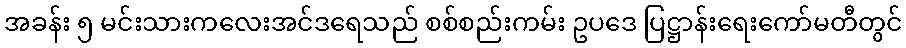
အခန်း ၅ မင်းသားကလေးအင်ဒရေသည် စစ်စည်းကမ်း ဥပဒေ ပြဋ္ဌာန်းရေးကော်မတီတွင်